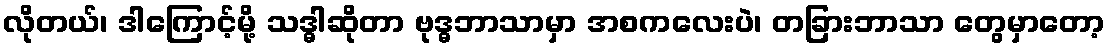
လိုတယ်၊ ဒါကြောင့်မို့ သဒ္ဓါဆိုတာ ဗုဒ္ဓဘာသာမှာ အစကလေးပဲ၊ တခြားဘာသာ တွေမှာတော့